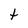
Character: t